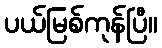
ပယ်မြစ်ကုန်ပြီ။